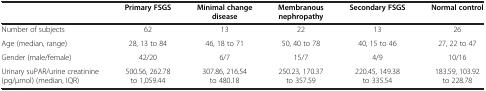
|  | Primary FSGS | Minimal change disease | Membranous nephropathy | Secondary FSGS | Normal control |
 | --- | --- | --- | --- | --- | --- |
 | Number of subjects | 62 | 13 | 22 | 13 | 26 |
 | Age (median, range) | 28, 13 to 84 | 46, 18 to 71 | 50, 40 to 78 | 40, 15 to 46 | 27, 22 to 47 |
 | Gender (male/female) | 42/20 | 6/7 | 15/7 | 4/9 | 10/16 |
 | Urinary suPAR/urine creatinine (pg/μmol) (median, IQR) | 500.56, 262.78 to 1,059.44 | 307.86, 216.54 to 480.18 | 250.23, 170.37 to 357.59 | 220.45, 149.38 to 335.54 | 183.59, 103.92 to 228.78 |